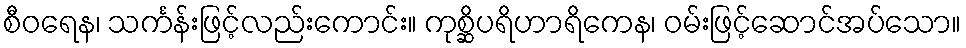
စီဝရေန၊ သင်္ကန်းဖြင့်လည်းကောင်း။ ကုစ္ဆိပရိဟာရိကေန၊ ဝမ်းဖြင့်ဆောင်အပ်သော။